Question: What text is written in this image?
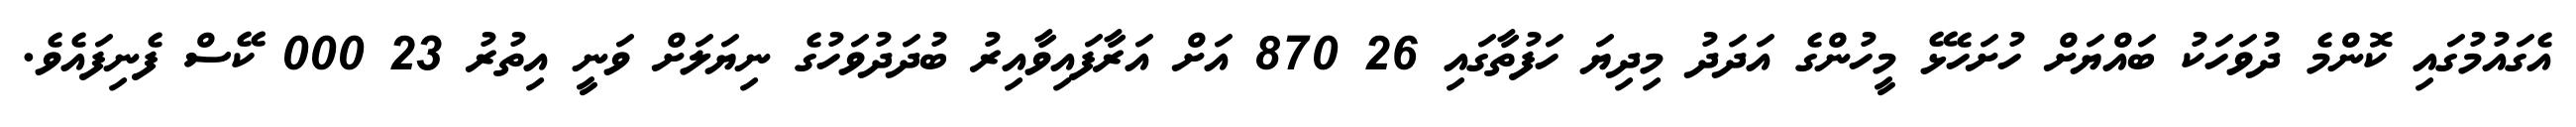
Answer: އެގައުމުގައި ކޮންމެ ދުވަހަކު ބައްޔަށް ހުށަހެޅޭ މީހުންގެ އަދަދު މިދިޔަ ހަފުތާގައި 26 870 އަށް އަރާފައިވާއިރު ބުދަދުވަހުގެ ނިޔަލަށް ވަނީ އިތުރު 23 000 ކޭސް ފެނިފައެވެ.